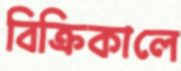
বিক্রিকালে